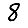
Digit: 8